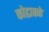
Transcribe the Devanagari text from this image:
कोढावळे